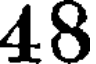
48